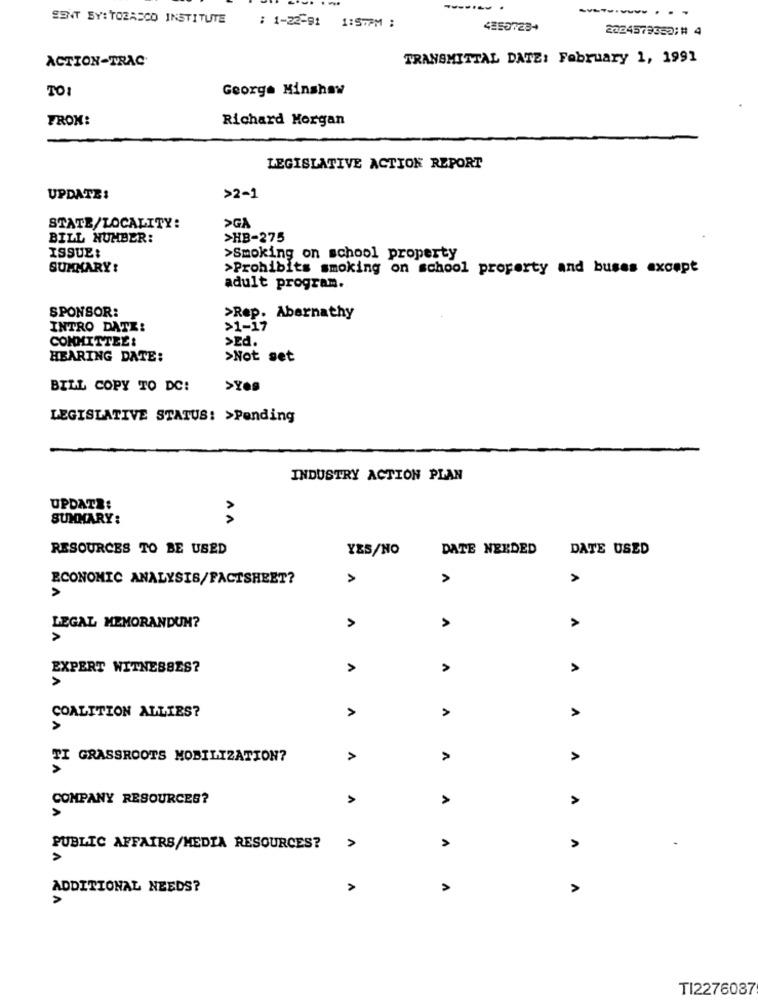
---- --
SENT BY: TOZASCO INSTITUTE
: 1-22-91 1:57PM :
45507234
2024579352;# 4
ACTION-TRAC
TRANSMITTAL DATE: February 1, 1991
TO:
George Hinshaw
FROM:
Richard Morgan
LEGISLATIVE ACTION REPORT
UPDATE:
>2-1
SGA
STATE/LOCALITY:
BILL NUMBER:
>HB-275
ISSUE:
>Smoking on school property
SUMMARY:
>Prohibits smoking on school property and buses except
adult program.
SPONSOR:
>Rep. Abernathy
INTRO DATE:
>1-17
COMMITTEE:
>Ed.
HEARING DATE:
>Not set
BILL COPY TO DC:
>Yes
LEGISLATIVE STATUS: >Pending
INDUSTRY ACTION PLAN
UPDATE:
SUMMARY:
RESOURCES TO BE USED
YES/NO
DATE NEEDED
DATE USED
ECONOMIC ANALYSIS/FACTSHEET?
>
A
>
LEGAL MEMORANDUM?
A
>
>
EXPERT WITNESSES?
A
A
A
A
COALITION ALLIES?
A
A
TI GRASSROOTS MOBILIZATION?
>
A
COMPANY RESOURCES?
A
A
PUBLIC AFFAIRS/MEDIA RESOURCES?
A
ADDITIONAL NEEDS?
A
A
TI2276087